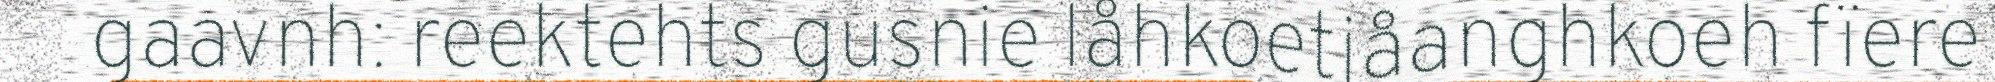
gaavnh: reektehts gusnie låhkoetjåanghkoeh fïere